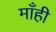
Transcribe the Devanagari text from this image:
माँही